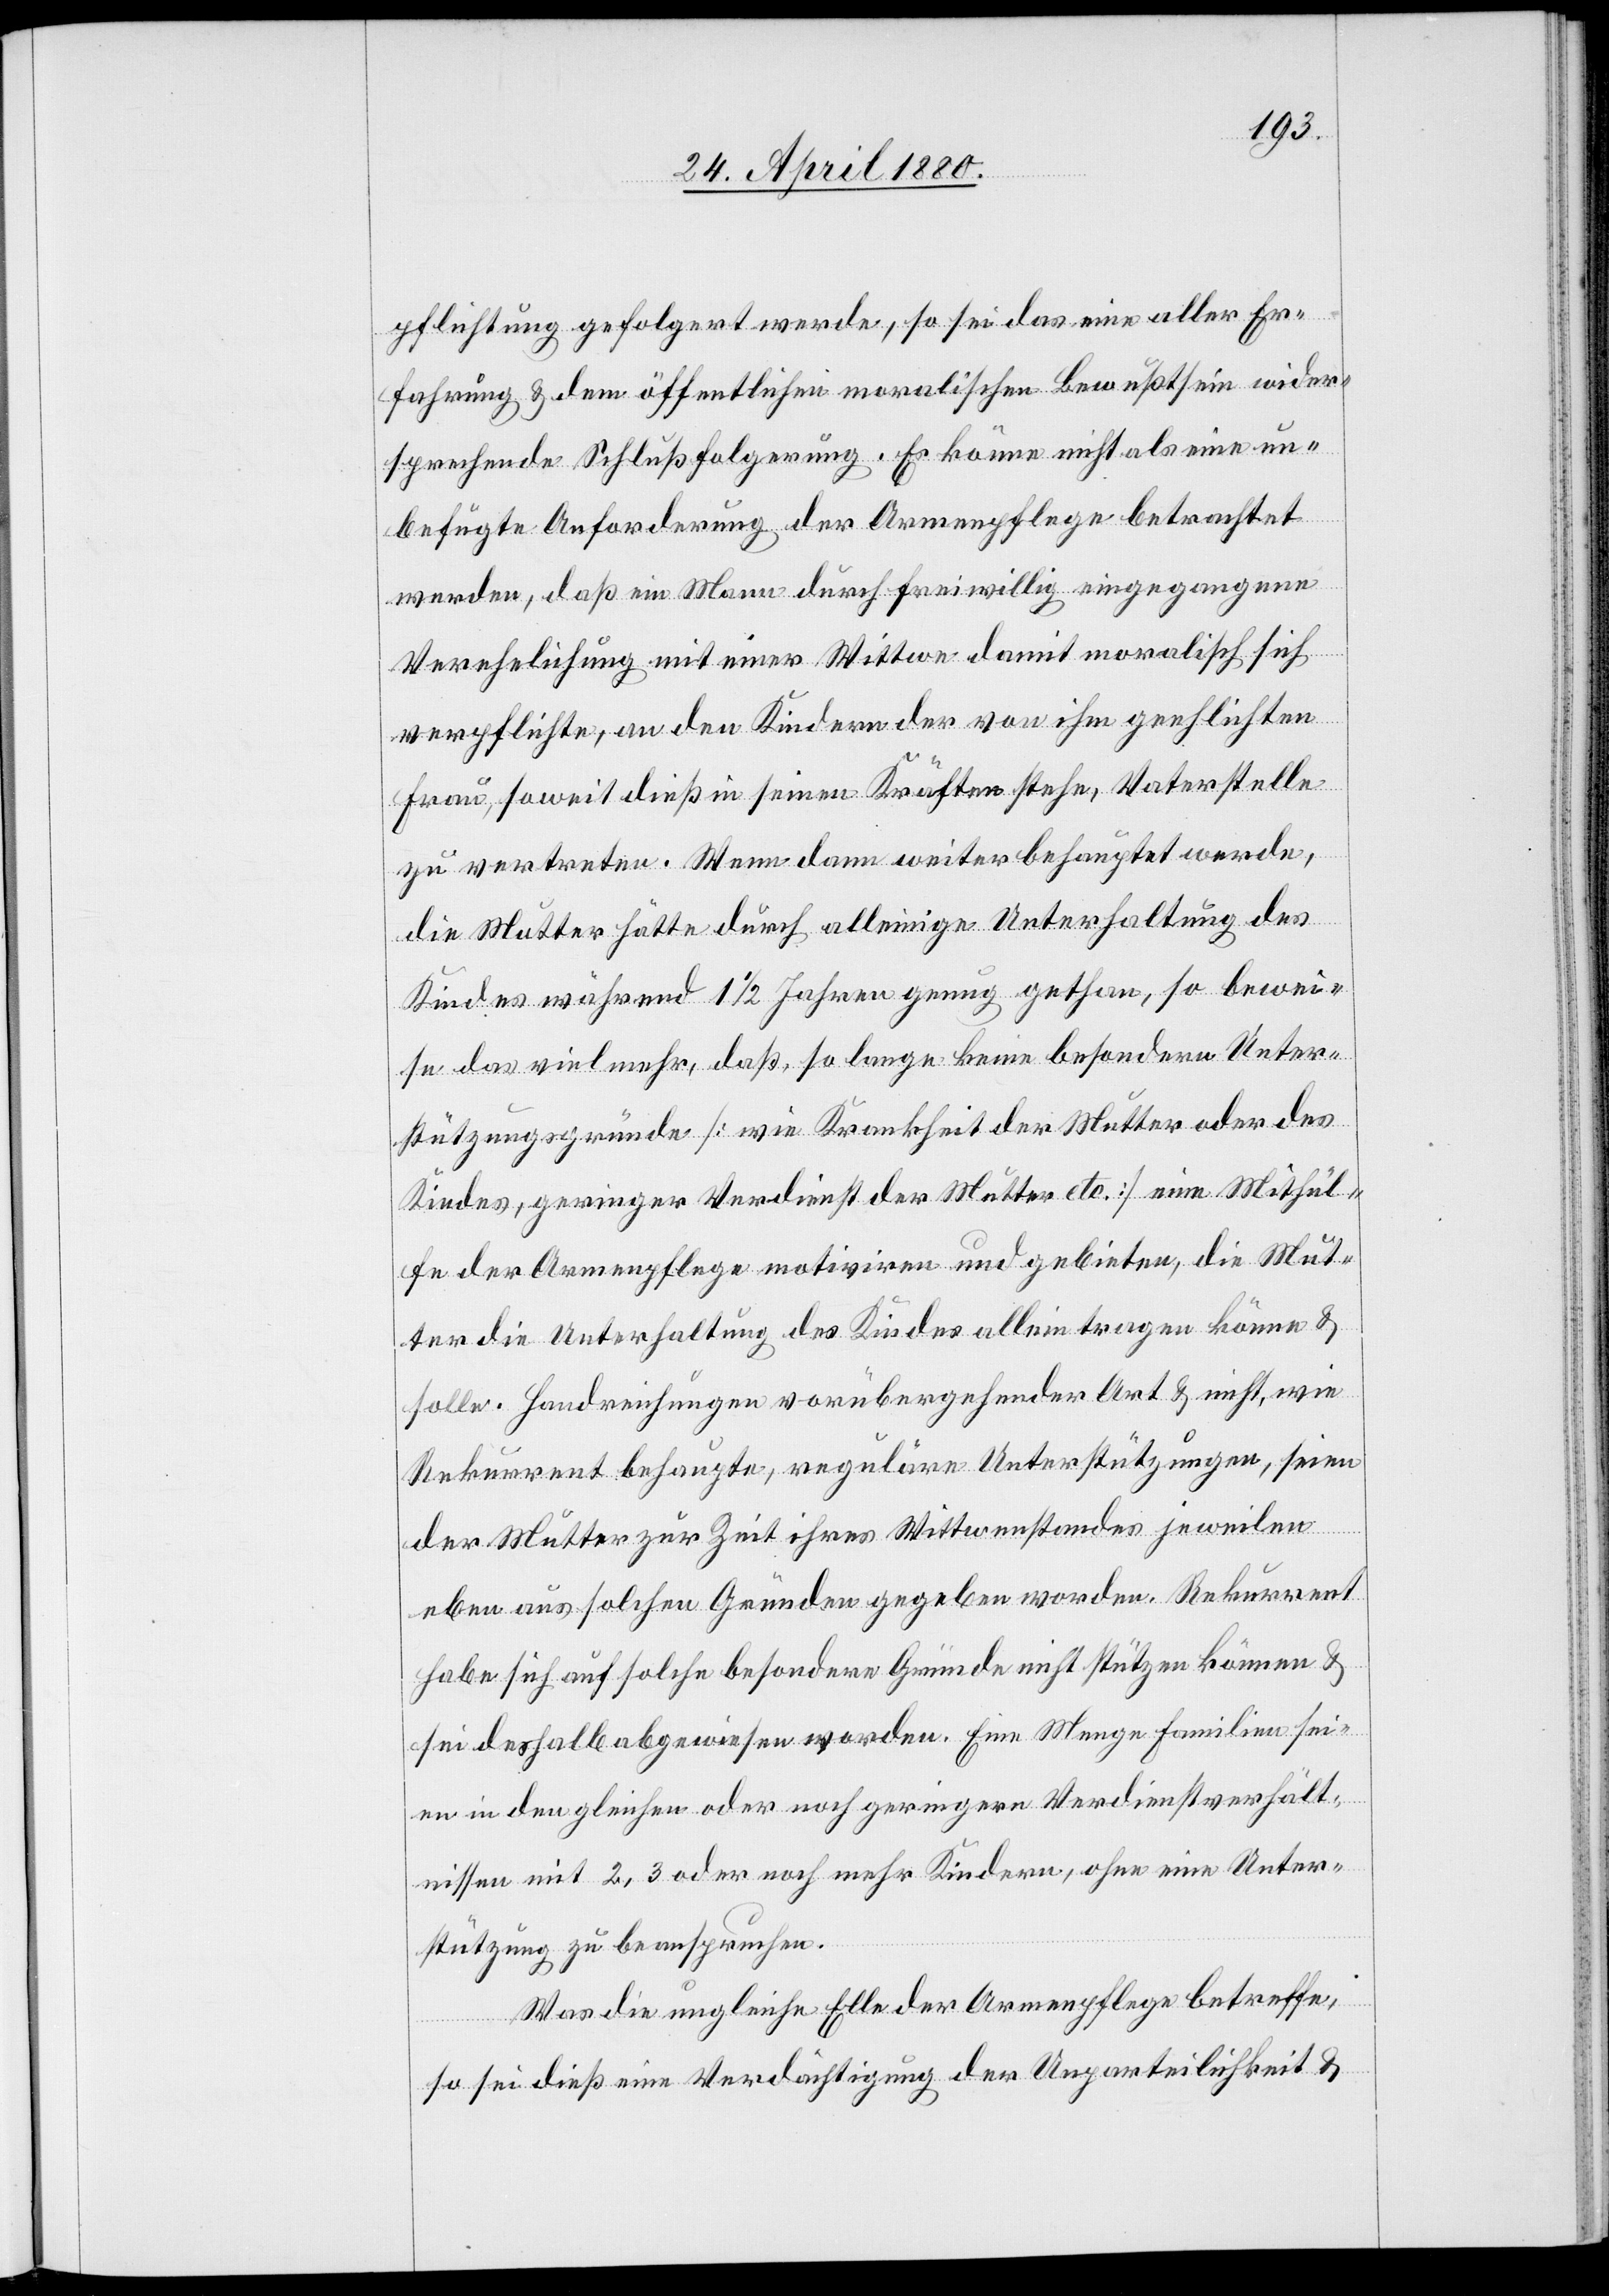
pflichtung gefolgert werde, so sei das eine aller Er¬
fahrung & dem öffentlichen moralischen Bewußtsein wider¬
sprechende Schlußfolgerung. Es könne nicht als eine un¬
befugte Anforderung der Armenpflege betrachtet
werden, daß ein Mann durch freiwillig eingegangene
Verehelichung mit einer Wittwe damit moralisch sich
verpflichte, an den Kindern der von ihm geehlichten
Frau, soweit dieß in seinen Kräften stehe, Vaterstelle
zu vertreten. Wenn dann weiter behauptet werde,
die Mutter hätte durch alleinige Unterhaltung des
Kindes während 11/2 Jahren genug gethan, so bewei¬
se das vielmehr, daß, so lange keine besondern Unter¬
stützungsgründe [wie Krankheit der Mutter oder des
Kindes, geringer Verdienst der Mutter etc.] eine Mithül¬
fe der Armenpflege motiviren und gebieten, die Mut¬
ter die Unterhaltung des Kindes allein tragen könne &
solle. Handreichungen vorübergehender Art & nicht, wie
Rekurrent behaupte, reguläre Unterstützungen, seien
der Mutter zur Zeit ihres Wittwenstandes jeweilen
eben aus solchen Gründen gegeben worden. Rekurrent
habe sich auf solche besondere Gründe nicht stützen können &
sei deshalb abgewiesen worden. Eine Menge Familien sei¬
en in den gleichen oder noch geringern Verdienstverhält¬
nissen mit 2, 3 oder noch mehr Kindern, ohne eine Unter¬
stützung zu beanspruchen.
Was die ungleiche Elle der Armenpflege betreffe,
so sei dieß eine Verdächtigung der Unparteilichkeit &